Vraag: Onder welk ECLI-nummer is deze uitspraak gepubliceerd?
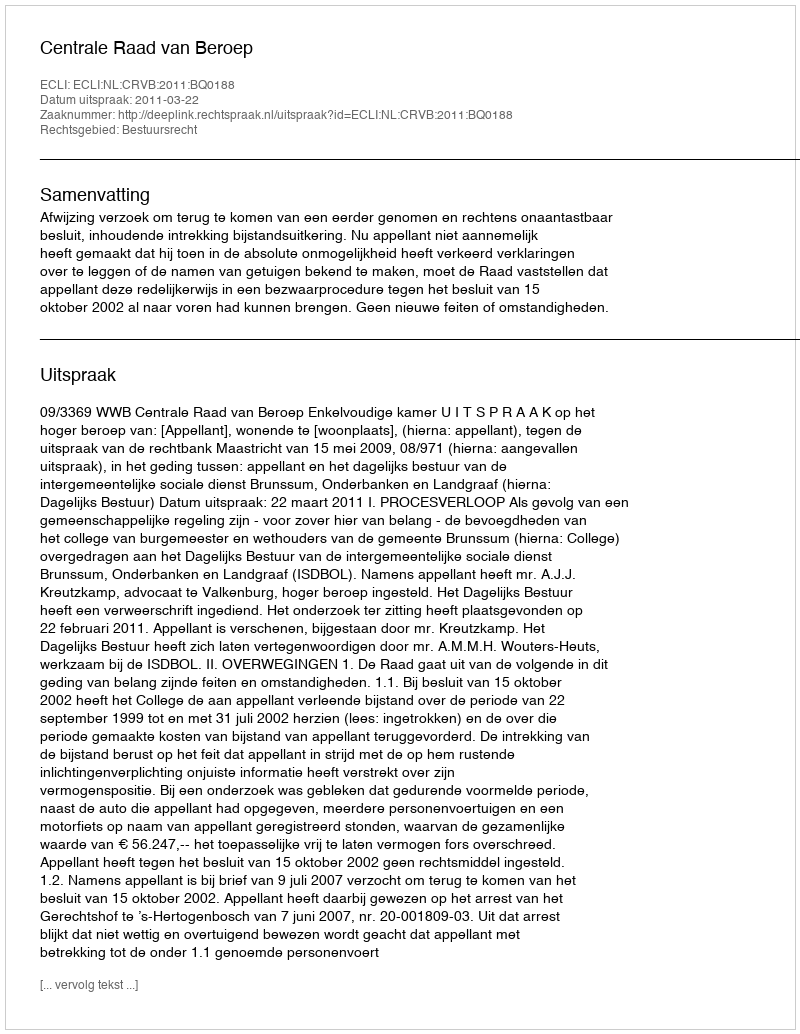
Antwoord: ECLI:NL:CRVB:2011:BQ0188